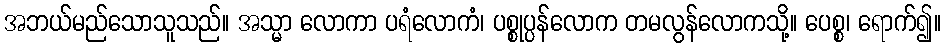
အဘယ်မည်သောသူသည်။ အသ္မာ လောကာ ပရံလောကံ၊ ပစ္စုပ္ပန်လောက တမလွန်လောကသို့။ ပေစ္စ၊ ရောက်၍။